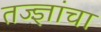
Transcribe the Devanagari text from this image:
तज्‍ज्ञांचा